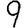
Digit: 9